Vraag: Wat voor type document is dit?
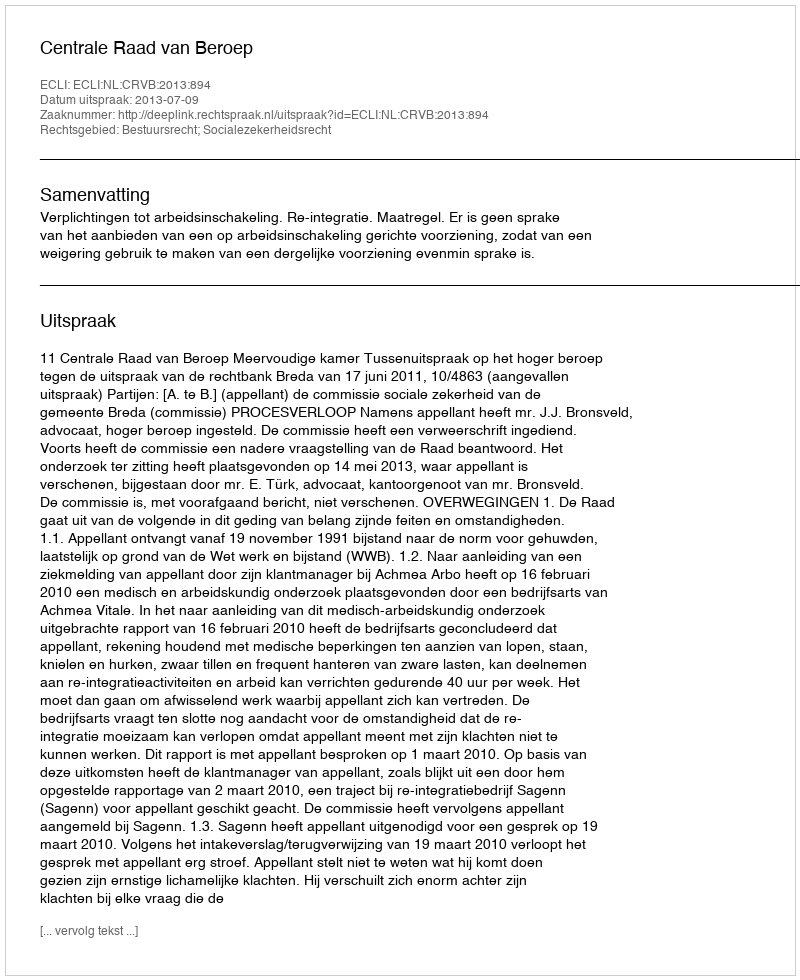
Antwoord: Uitspraak